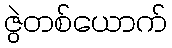
ဇွဲတစ်ယောက်